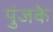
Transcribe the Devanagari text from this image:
पुंजके